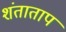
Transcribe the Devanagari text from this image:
शंताताप